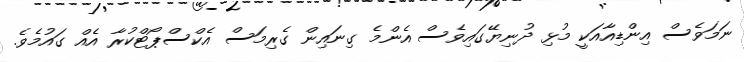
ނަމަވެސް އިންޑިއާއަކީ މުޅި ދުނިޔޭގައިވެސް އެންމެ ގިނައިން ގެރިމަސް އެކްސްޕޯޓްކުރާ އެއް ގައުމެވެ.